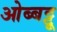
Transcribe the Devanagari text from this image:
ओब्बट्टू